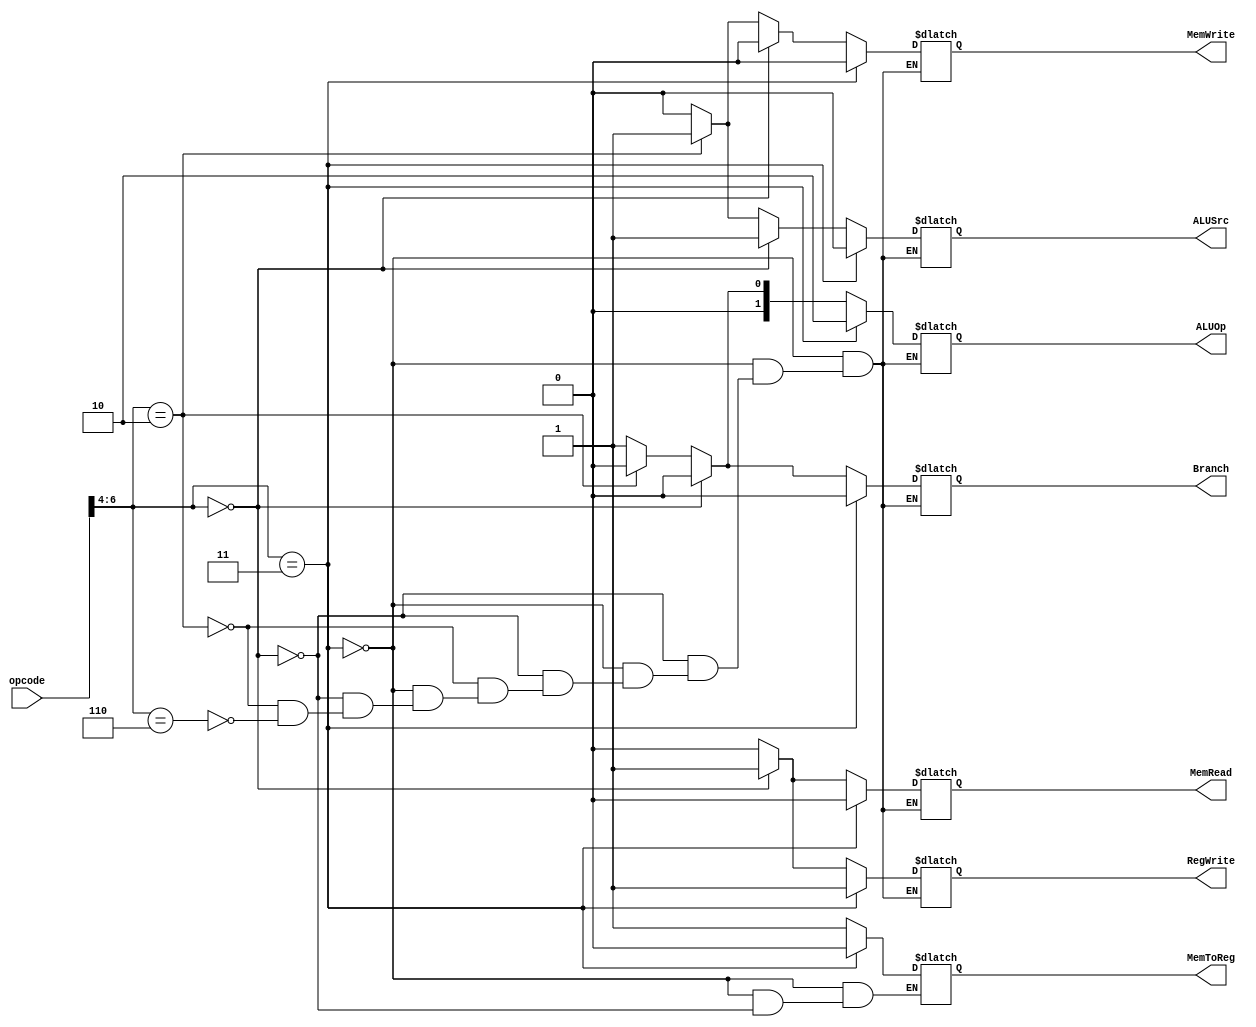
module ControlUnit(
  input [6:0] opcode,
  output reg [1:0] ALUOp,
  output reg Branch, MemToReg, MemRead, MemWrite, ALUSrc, RegWrite
);
  
  always @ (*)
    begin
      if (opcode[6:4] == 3'b011)
        begin
          ALUSrc = 0;MemToReg=0;
          RegWrite=1;Branch=0;
          MemRead=0;MemWrite=0;
          ALUOp = 2'b10;
        end
      else if(opcode[6:4] == 3'b0)
        begin
          ALUSrc =1;MemToReg=1;
          RegWrite=1;Branch=0;
          MemRead=1;MemWrite=0;
          ALUOp = 2'b00;
        end
      else if(opcode[6:4] == 3'b10)
        begin
          ALUSrc=1;
          RegWrite=0;Branch=0;
          MemRead=0;MemWrite=1;
          ALUOp=2'b00;
        end
      else if(opcode[6:4] == 3'b110)
        begin
          ALUSrc=0;
          RegWrite=0;Branch=1;
          MemRead=0;MemWrite=0;
          ALUOp=2'b01;
        end
    end
endmodule